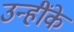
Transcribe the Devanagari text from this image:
उन्हींके